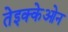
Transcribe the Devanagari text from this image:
तेइक्केओन